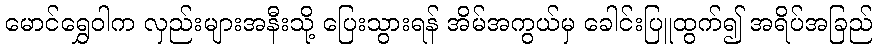
မောင်ရွှေဝါက လှည်းများအနီးသို့ ပြေးသွားရန် အိမ်အကွယ်မှ ခေါင်းပြူထွက်၍ အရိပ်အခြည်